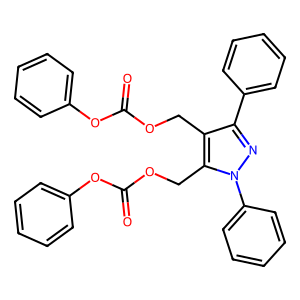
SMILES: O=C(OCc1c(-c2ccccc2)nn(-c2ccccc2)c1COC(=O)Oc1ccccc1)Oc1ccccc1
Inhibits HIV replication: No